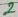
Text: 2